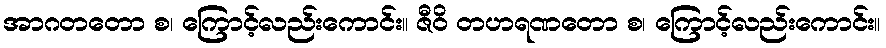
အာဂတတော စ၊ ကြောင့်လည်းကောင်း။ ဇီဝိ တဟရဏတော စ၊ ကြောင့်လည်းကောင်း။